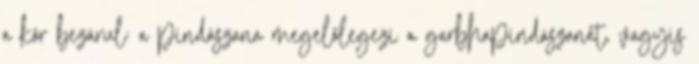
a kör bezárul: a pindászana megelőlegezi a garbhapindászanát, vagyis